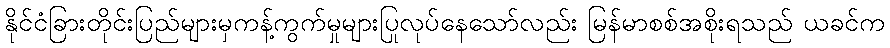
နိုင်ငံခြားတိုင်းပြည်များမှကန့်ကွက်မှုများပြုလုပ်နေသော်လည်း မြန်မာစစ်အစိုးရသည် ယခင်က